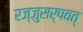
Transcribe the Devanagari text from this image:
रज्जुसर्पवत्‌